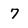
Character: 7